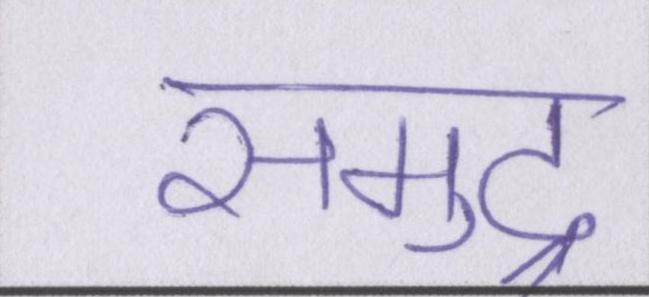
समुद्र